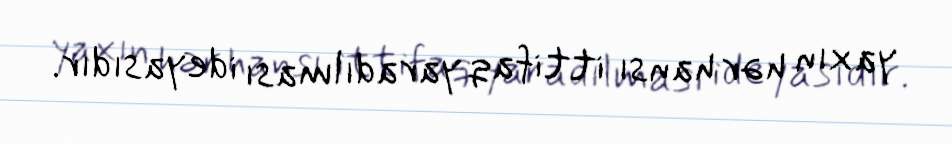
yaxın hər hansı ittifaq yaradılması ideyasıdır.